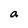
Character: a